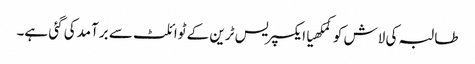
طالبہ کی لاش کوکمکھیاایکسپریس ٹرین کے ٹوائلٹ سے برآمدکی گئی ہے۔